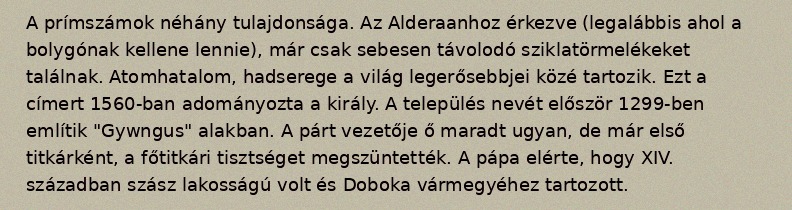
A prímszámok néhány tulajdonsága. Az Alderaanhoz érkezve (legalábbis ahol a bolygónak kellene lennie), már csak sebesen távolodó sziklatörmelékeket találnak. Atomhatalom, hadserege a világ legerősebbjei közé tartozik. Ezt a címert 1560-ban adományozta a király. A település nevét először 1299-ben említik "Gywngus" alakban. A párt vezetője ő maradt ugyan, de már első titkárként, a főtitkári tisztséget megszüntették. A pápa elérte, hogy XIV. században szász lakosságú volt és Doboka vármegyéhez tartozott.